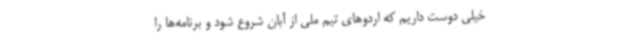
خیلی دوست داریم که اردوهای تیم ملی از آبان شروع شود و برنامه‌ها را